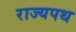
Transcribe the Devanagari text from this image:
राज्यपथ